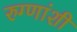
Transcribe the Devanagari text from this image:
रुग्णांशी